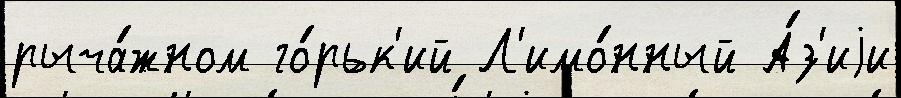
рыча́жном го́рьк'ий Л'имо́нный А́з'иjи